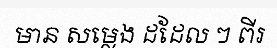
មាន សម្លេង ដដែល ៗ ពីរ